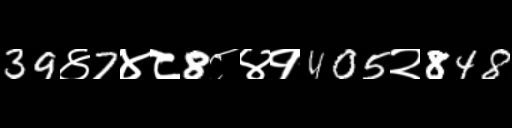
Text: 39४7४८8८४१405२848